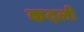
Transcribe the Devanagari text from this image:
कदलीं